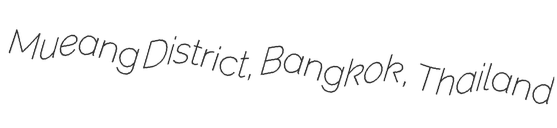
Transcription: Mueang District, Bangkok, Thailand